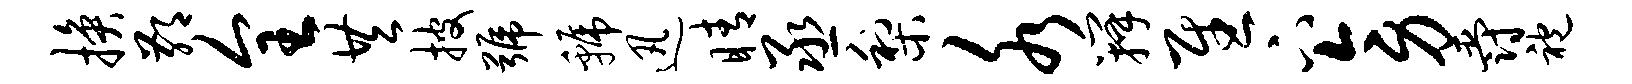
换鄙全共披号虢迅睛丞梨水瓣慰下旁爵袍